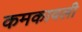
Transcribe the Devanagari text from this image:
कमकावली